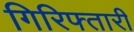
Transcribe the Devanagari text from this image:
गिरिफ्तारी